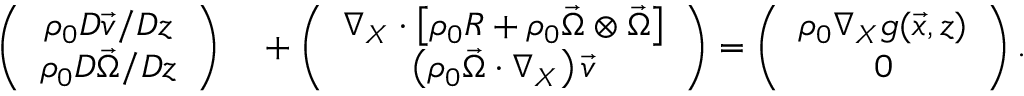
\begin{array} { r l } { \left( \begin{array} { c } { \rho _ { 0 } D \vec { v } / D z } \\ { \rho _ { 0 } D \vec { \Omega } / D z } \end{array} \right) } & { { } + \left( \begin{array} { c } { \nabla _ { X } \cdot \left[ \rho _ { 0 } R + \rho _ { 0 } \vec { \Omega } \otimes \vec { \Omega } \right] } \\ { \left( \rho _ { 0 } \vec { \Omega } \cdot \nabla _ { X } \right) \vec { v } } \end{array} \right) = \left( \begin{array} { c } { \rho _ { 0 } \nabla _ { X } g ( \vec { x } , z ) } \\ { 0 } \end{array} \right) . } \end{array}